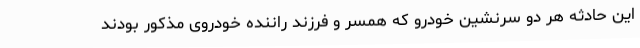
این حادثه هر دو سرنشین خودرو که همسر و فرزند راننده خودروی مذکور بودند